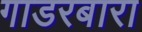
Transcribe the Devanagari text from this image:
गाडरबारा